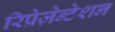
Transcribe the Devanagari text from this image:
रिप्रेज़ेन्टेशन